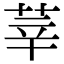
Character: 莘